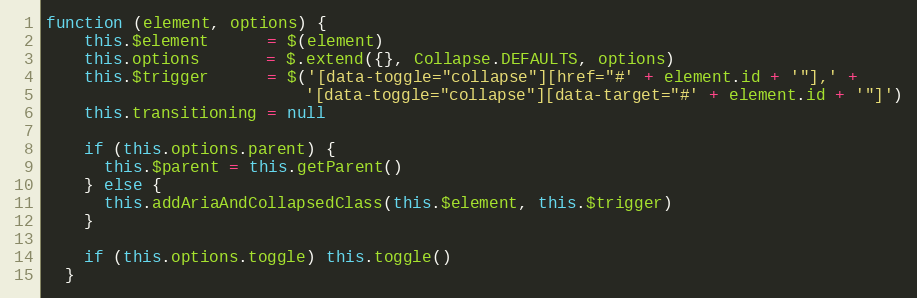
Language: JavaScript
function (element, options) {
    this.$element      = $(element)
    this.options       = $.extend({}, Collapse.DEFAULTS, options)
    this.$trigger      = $('[data-toggle="collapse"][href="#' + element.id + '"],' +
                           '[data-toggle="collapse"][data-target="#' + element.id + '"]')
    this.transitioning = null

    if (this.options.parent) {
      this.$parent = this.getParent()
    } else {
      this.addAriaAndCollapsedClass(this.$element, this.$trigger)
    }

    if (this.options.toggle) this.toggle()
  }